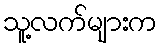
သူ့လက်များက